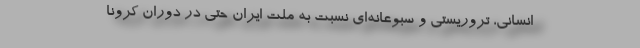
انسانی، تروریستی و سبوعانه‌ای نسبت به ملت ایران حتی در دوران کرونا